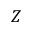
Z